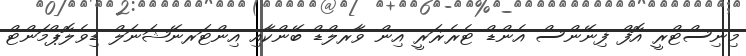
މިނިސްޓްރީ އޮފް ފިނޭންސް އެންޑް ޓެރެޜަރީ އިން ވާރލްޑް ބޭންކާއި އިންޓަރނޭޝަނަލް ޑިވެލޮޕްމަންޓް